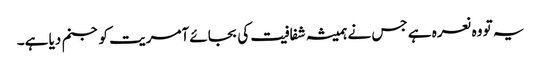
یہ تو وہ نعرہ ہے جس نے ہمیشہ شفافیت کی بجائے آمریت کو جنم دیا ہے۔